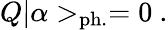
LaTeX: Q|\alpha>_{\mathrm{ph.}}=0~.